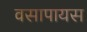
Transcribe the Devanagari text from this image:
वसापायस